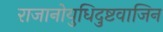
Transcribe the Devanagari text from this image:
राजानोयुधिदुष्टवाजिन